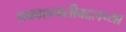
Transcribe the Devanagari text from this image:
प्रकाशगतीबद्दलच्या